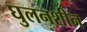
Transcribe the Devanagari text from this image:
घुलनशीन